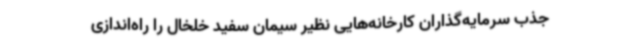
جذب سرمایه‌گذاران کارخانه‌هایی نظیر سیمان سفید خلخال را راه‌اندازی